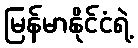
မြန်မာနိုင်ငံရဲ့